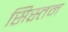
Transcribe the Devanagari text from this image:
सिस्तम